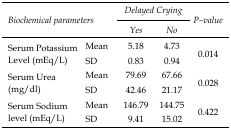
| <ROWSPAN=3-COLSPAN=2> Biochemical parameters | <COLSPAN=2> Delayed Crying | <ROWSPAN=3> P–value |
 | Yes | No |
 | --- | --- | --- | --- | --- |
 | <ROWSPAN=2> Serum Potassium Level (mEq/L) | Mean | 5.18 | 4.73 | <ROWSPAN=2> 0.014 |
 | SD | 0.83 | 0.94 |
 | <ROWSPAN=2> Serum Urea (mg/dl) | Mean | 79.69 | 67.66 | <ROWSPAN=2> 0.028 |
 | SD | 42.46 | 21.17 |
 | <ROWSPAN=2> Serum Sodium level (mEq/L) | Mean | 146.79 | 144.75 | <ROWSPAN=2> 0.422 |
 | SD | 9.41 | 15.02 |